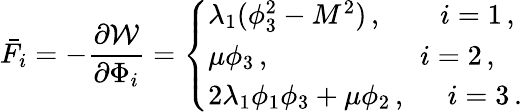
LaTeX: \bar{F}_{i}=-\frac{\partial{\cal W}}{\partial\Phi_{i}}=\left\{ \begin{array}{l}{{\lambda_{1}(\phi_{3}^{2}-M^{2})\, ,\, \, \, ~~~~~~i=1\, ,}}\\ {{\mu\phi_{3}\, ,\qquad~~~~~~~~~~~~~i=2\, ,}}\\ {{2\lambda_{1}\phi_{1}\phi_{3}+\mu\phi_{2}\, ,\, \, \, \, ~~~i=3\, .}}\end{array}\right.